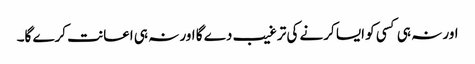
اور نہ ہی کسی کو ایسا کرنے کی ترغیب دے گا اور نہ ہی اعانت کرے گا۔